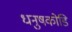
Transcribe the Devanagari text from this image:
धनुषकोडि